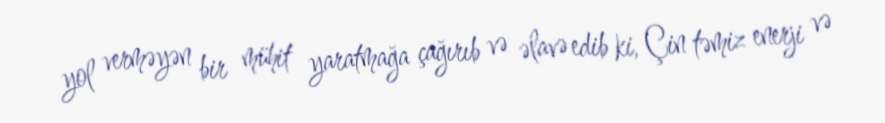
yol verməyən bir mühit yaratmağa çağırıb və əlavə edib ki, Çin təmiz enerji və